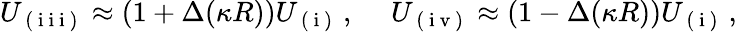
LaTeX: U_{\mathrm{~(~i~i~i~)~}}\approx(1+\Delta(\kappa R))U_{\mathrm{~(~i~)~}}\, ,\ \ \ \ \ U_{\mathrm{~(~i~v~)~}}\approx(1-\Delta(\kappa R))U_{\mathrm{~(~i~)~}}\, ,